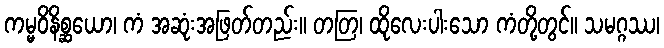
ကမ္မဝိနိစ္ဆယော၊ ကံ အဆုံးအဖြတ်တည်း။ တတြ၊ ထိုလေးပါးသော ကံတို့တွင်။ သမဂ္ဂဿ၊